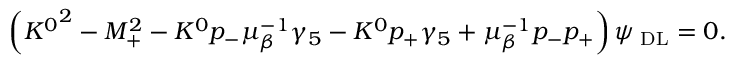
\left( { K ^ { 0 } } ^ { 2 } - M _ { + } ^ { 2 } - K ^ { 0 } p _ { - } \mu _ { \beta } ^ { - 1 } \gamma _ { 5 } - K ^ { 0 } p _ { + } \gamma _ { 5 } + \mu _ { \beta } ^ { - 1 } p _ { - } p _ { + } \right) \psi _ { { \mathrm { \tiny ~ D L } } } = 0 .